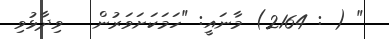
" ( : 2164) މާނައީ: "ހަމަކަށަވަރުން   ވިދާޅުވި